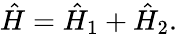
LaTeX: \begin{array}{r}{\hat{H}=\hat{H}_{1}+\hat{H}_{2}.}\end{array}